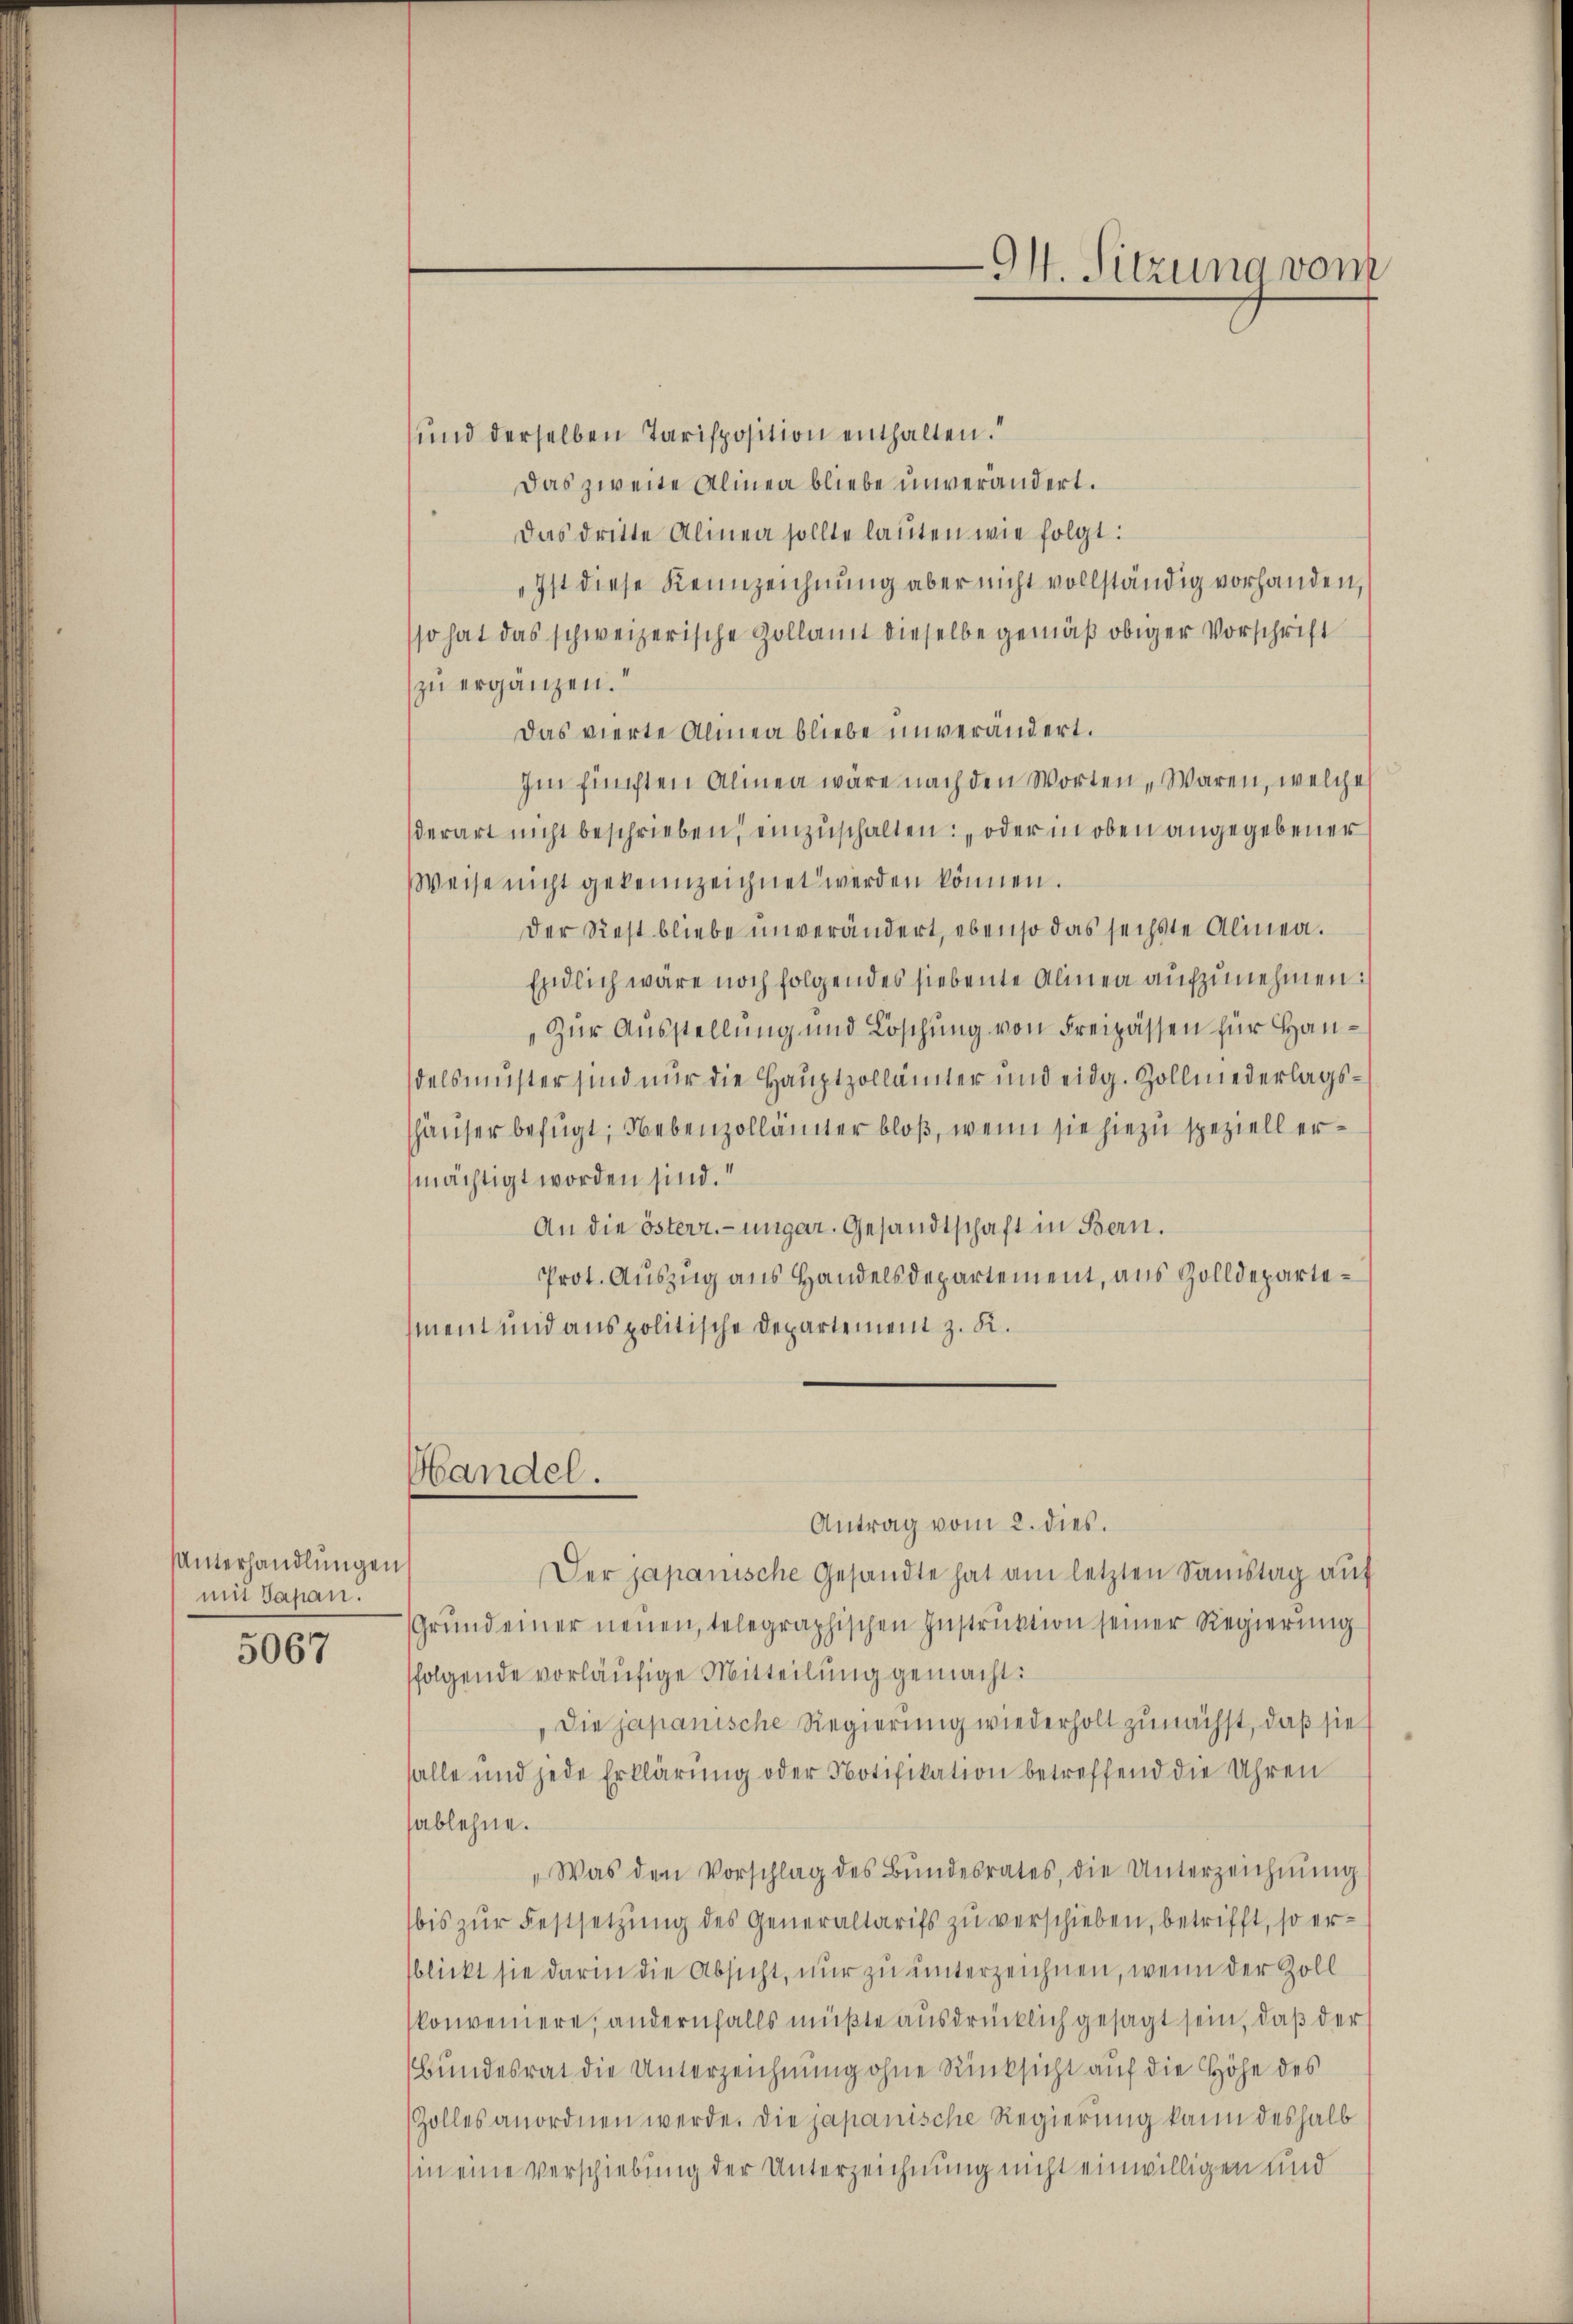
Unterhandlungen
mit Papan.

5067

Handel.

und derselben Tarisposition enthalten.“
Das zweite Alinea bliebe unverändert.
Das dritte Alinea sollte lauten wie folgt:
„Ist diese Kennzeichnung aber nicht vollständig vorhanden,
so hat das schweizerische Zollamt dieselbe gemäß obiger Vorschrift
zu ergänzen.
Das vierte Alinea bliebe unverändert.
Im fünften Alinea wäre nach den Worten, Waren, welche
derart nicht beschrieben, einzuschalten: „oder in oben angegebener
Weise nicht gekennzeichnet werden können.
Der Rest bliebe unverändert, ebenso das sechste Alinea.
Endlich wäre noch folgendes siebente Alinen aufzunehmen:
zur Ausstellung und Löschung von Freipassen für Handelsmuster sind nur die Hauptzollämter und eidg. Zollniederlagshäuser befugt, Nebenzollämter bloß, wenn sie hiezu speziell ermächtigt worden sind.“
An die österr.-ungar. Gesandtschaft in Bern.
Prot. Auszug aus Handelsdepartement, aus Zolldepartement und aus politische Departement z. K.

94. Sitzung vom

Antrag vom 2. dies.
Der japanische Gesandte hat am letzten Samstag auf
Grŭndeiner neuen, telegraphischen Instruktion seiner Regierung
folgende vorläufige Mitteilung gemacht:
Die japanische Regierung wiederholt zunächst, daß sie
falle und jede Erklärŭng oder Notifikation betreffend die Uhren
sablehne.
„Was den Vorschlag des Bŭndesrates, die Unterzeichnŭng
bis zŭr Festsetzung des Generaltarifs zu verschieben, betrifft, so ersblickt sie darin die Absicht, nur zu unterzeichnen, wenn der Zoll
konveniere, andernfalls müßte ausdrücklich gesagt sein, daß der
bundesrat die Unterzeichnung ohne Rücksicht auf die Höhe des
Zolles anordnen werde. Die japanische Regierung kann deshalb
in eine Verschiebung der Unterzeichnung nicht einwilligen und